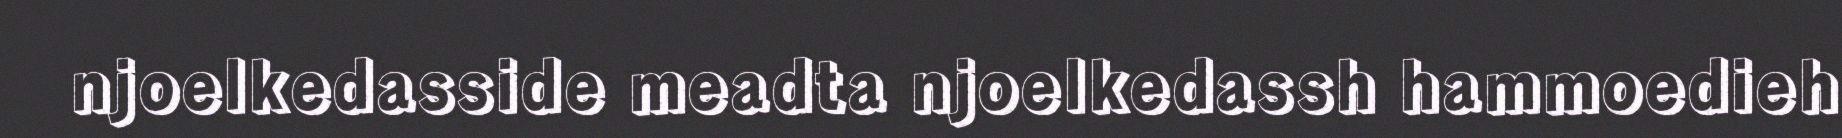
njoelkedasside meadta njoelkedassh hammoedieh